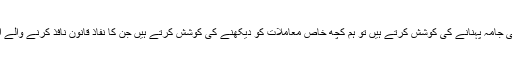
جب ہم جسمانی زدہ کیمرے کو عملی جامہ پہنانے کی کوشش کرتے ہیں تو ہم کچھ خاص معاملات کو دیکھنے کی کوشش کرتے ہیں جن کا نفاذ قانون نافذ کرنے والے اداروں اور برادریوں کو ہوسکتا ہے۔